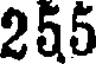
255